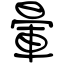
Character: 暈